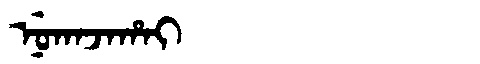
Manchu: ᠨᡠᡴᠠᠵᠠᡥᠠᡳ
Romanization: NUKAJAHAI